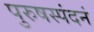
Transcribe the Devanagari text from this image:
पुरुषस्पंदनं